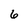
Character: 6